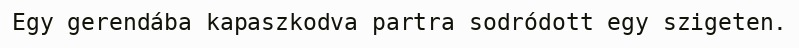
Egy gerendába kapaszkodva partra sodródott egy szigeten.